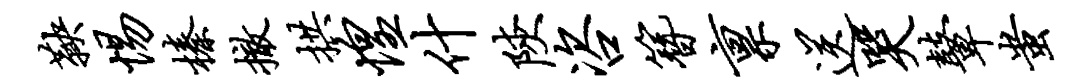
鞅惕榛撤拱惶什陕咨簪禀送哭鼙蚩